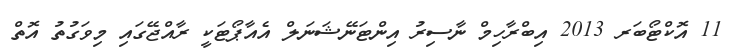
11 އޮކްޓޯބަރ 2013 އިބްރާހިމް ނާސިރު އިންޓަނޭޝަނަލް އެއާޕޯޓަކީ ރާއްޖޭގައި މިވަގުތު އޮތް